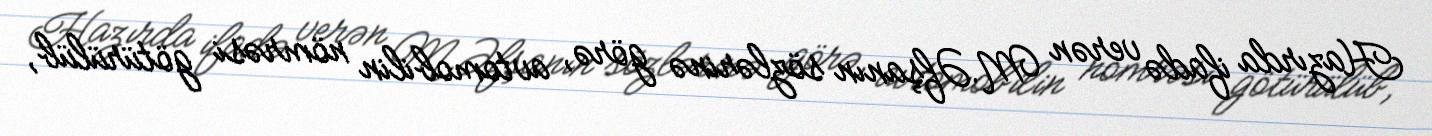
Hazırda ifadə verən M.Əfşanın sözlərinə görə, avtomobilin nömrəsi götürülüb,